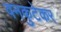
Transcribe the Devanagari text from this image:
वनकुटेकर